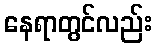
နေရာတွင်လည်း